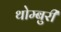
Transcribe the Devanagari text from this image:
थोम्बुरी